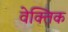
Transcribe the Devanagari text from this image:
वेक्तिक